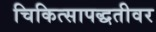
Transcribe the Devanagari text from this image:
चिकित्सापद्धतीवर